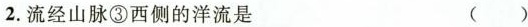
2.流经山脉③西侧的洋流是 ( )